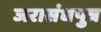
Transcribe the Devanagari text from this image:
जरासंधपुत्र